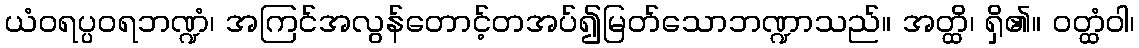
ယံဝရပ္ပဝရဘဏ္ဍံ၊ အကြင်အလွန်တောင့်တအပ်၍မြတ်သောဘဏ္ဍာသည်။ အတ္ထိ၊ ရှိ၏။ ဝတ္ထံဝါ၊